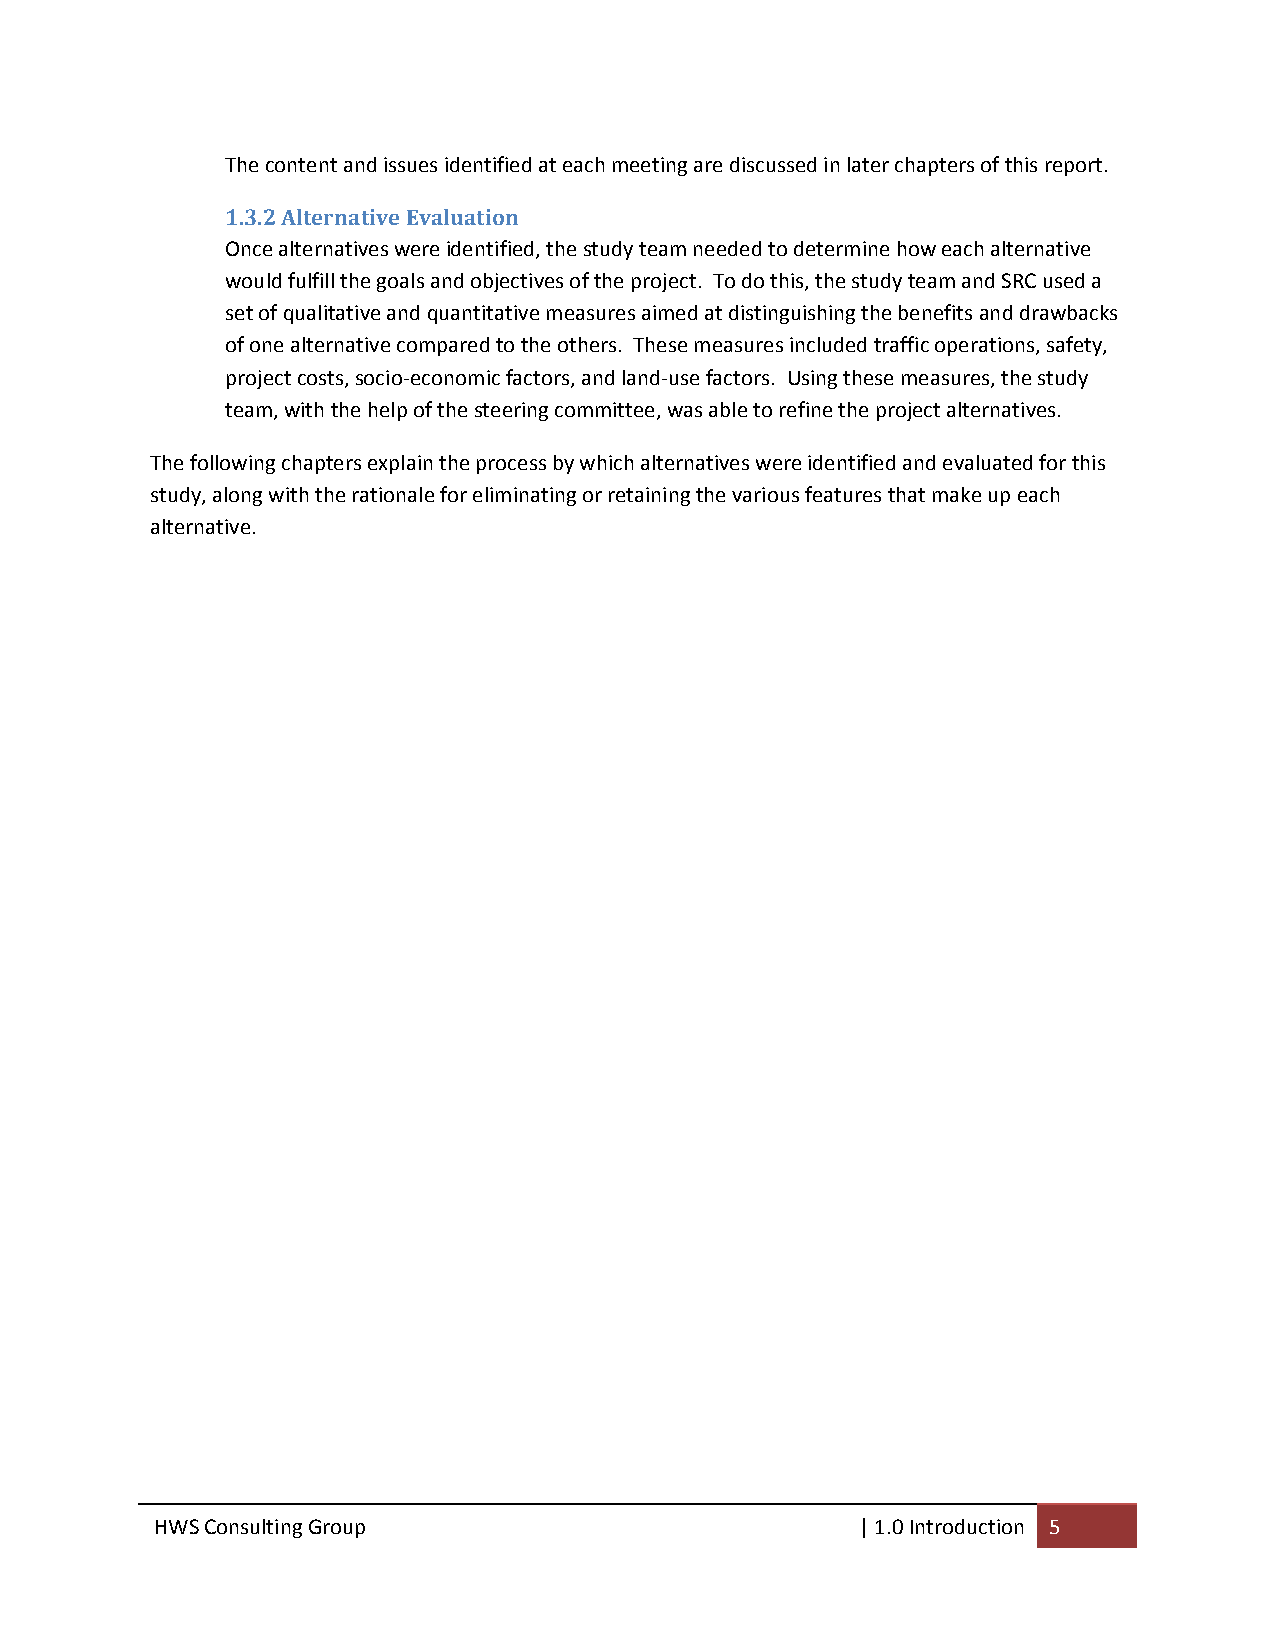
The content and issues identified at each meeting are discussed in later chapters of this report.
 1.3.2 Alternative Evaluation
 Once alternatives were identified, the study team needed to determine how each alternative
 would fulfill the goals and objectives of the project. To do this, the study team and SRC used a
 set of qualitative and quantitative measures aimed at distinguishing the benefits and drawbacks
 of one alternative compared to the others. These measures included traffic operations, safety,
 project costs, socio‐economic factors, and land‐use factors. Using these measures, the study
 team, with the help of the steering committee, was able to refine the project alternatives.
 The following chapters explain the process by which alternatives were identified and evaluated for this
 study, along with the rationale for eliminating or retaining the various features that make up each
 alternative.
 HWS Consulting Group                           | 1.0 Introduction 5